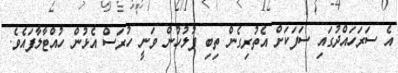
އެ ސަރަހައްދުގައި ސަފަކަށް އެތުރިގެން ތިބި ފުލުހުން ވަނީ ހުރަސް އެޅުން ހުއްޓާލާފައެވެ.